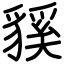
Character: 貕